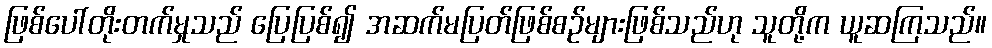
ဖြစ်ပေါ်တိုးတက်မှုသည် ပြေပြစ်၍ အဆက်မပြတ်ဖြစ်စဉ်များဖြစ်သည်ဟု သူတို့က ယူဆကြသည်။